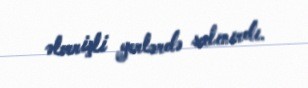
əlverişli yerlərdə salınırdı.